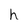
Character: h